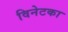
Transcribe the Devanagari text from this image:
विनेटका